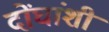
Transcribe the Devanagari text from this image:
दोंघांशी